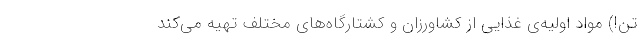
تن!) مواد اولیه‌ی غذایی از کشاورزان و کشتارگاه‌های مختلف تهیه می‌کند